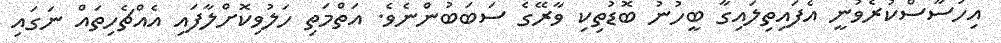
އިހުސާސްކުރެވުނީ އެފައިތިލައިގާ ބީހުނު ބޮޑުތިކި ވާރޭގެ ސަބަބުންނެވެ. އަތްމަތި ހަލުވިކޮށްލާފައި އެއްޗެހިތައް ނަގައި